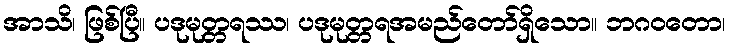
အာသိ၊ ဖြစ်ပြီ။ ပဒုမုတ္တရဿ၊ ပဒုမုတ္တရအမည်တော်ရှိသော။ ဘဂဝတော၊